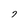
Character: 7